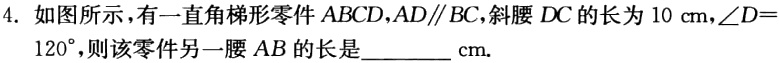
4. 如图所示，有一直角梯形零件 \(ABCD\)，\(AD\parallel BC\)，斜腰 \(DC\)的长为 \(10\mathrm{cm}\)，\(\angle D = 120^{\circ}\)，则该零件另一腰 \(AB\)的长是________ \(\mathrm{cm}\).